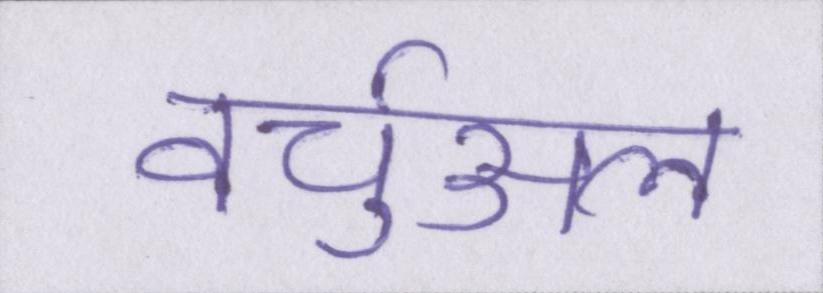
वर्चुअल